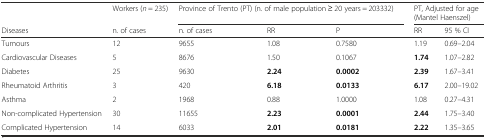
<table><thead><tr><td></td><td><b>Workers (<i>n</i> = 235)</b></td><td colspan="3"><b>Province of Trento (PT) (n. of male population ≥ 20 years = 203332)</b></td><td colspan="2"><b>PT, Adjusted for age (Mantel Haenszel)</b></td></tr><tr><td><b>Diseases</b></td><td><b>n. of cases</b></td><td><b>n. of cases</b></td><td><b>RR</b></td><td><b>P</b></td><td><b>RR</b></td><td><b>95 % CI</b></td></tr></thead><tbody><tr><td>Tumours</td><td>12</td><td>9655</td><td>1.08</td><td>0.7580</td><td>1.19</td><td>0.69–2.04</td></tr><tr><td>Cardiovascular Diseases</td><td>5</td><td>8676</td><td>1.50</td><td>0.1067</td><td><b>1.74</b></td><td>1.07–2.82</td></tr><tr><td>Diabetes</td><td>25</td><td>9630</td><td><b>2.24</b></td><td><b>0.0002</b></td><td><b>2.39</b></td><td>1.67–3.41</td></tr><tr><td>Rheumatoid Arthritis</td><td>3</td><td>420</td><td><b>6.18</b></td><td><b>0.0133</b></td><td><b>6.17</b></td><td>2.00–19.02</td></tr><tr><td>Asthma</td><td>2</td><td>1968</td><td>0.88</td><td>1.0000</td><td>1.08</td><td>0.27–4.31</td></tr><tr><td>Non-complicated Hypertension</td><td>30</td><td>11655</td><td><b>2.23</b></td><td><b>0.0001</b></td><td><b>2.44</b></td><td>1.75–3.40</td></tr><tr><td>Complicated Hypertension</td><td>14</td><td>6033</td><td><b>2.01</b></td><td><b>0.0181</b></td><td><b>2.22</b></td><td>1.35–3.65</td></tr></tbody></table>